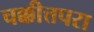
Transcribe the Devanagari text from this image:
चक्कीत्तपरा